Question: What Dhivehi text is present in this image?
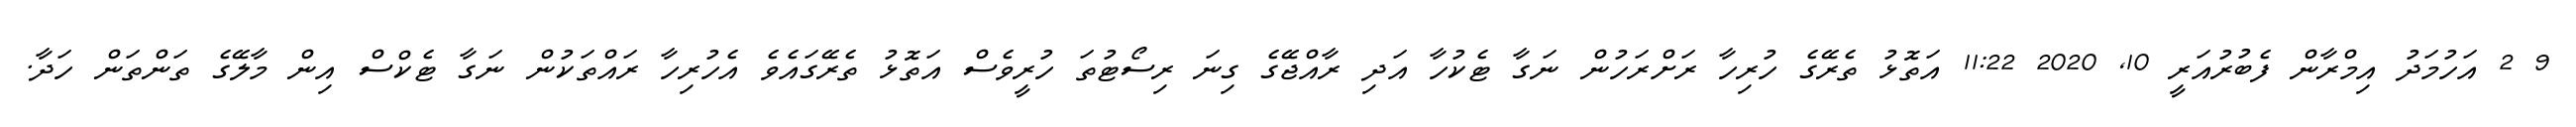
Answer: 9 2 އަހުމަދު އިމްރާން ފެބުރުއަރީ 10, 2020 11:22 އަތޮޅު ތެރޭގެ ހުރިހާ ރަށްރަހުން ނަގާ ޓެކުހާ އަދި ރާއްޖޭގެ ގިނަ ރިސޯޓުތަ ހުރީވެސް އަތޮޅު ތެރޭގައެވެ އެހުރިހާ ރައްތަކުން ނަގާ ޓެކްސް އިން މާލޭގެ ތަންތަން ހަދާ.